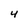
Character: 4